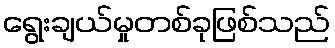
ရွေးချယ်မှုတစ်ခုဖြစ်သည်